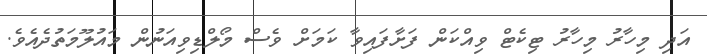
އަދި މިހާރު މިހާރު ޓިކެޓް ވިއްކަން ފަށާފައިވާ ކަމަށް ވެސް މޯލްޑިވިއަނުން މައުލޫމަތުދެއެވެ.